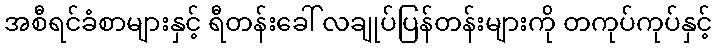
အစီရင်ခံစာများနှင့် ရီတန်းခေါ် လချုပ်ပြန်တန်းများကို တကုပ်ကုပ်နှင့်